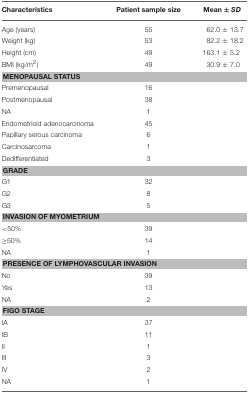
<table><thead><tr><td><b>Characteristics</b></td><td><b>Patient sample size</b></td><td><b>Mean ± <i>SD</i></b></td></tr></thead><tbody><tr><td>Age (years)</td><td>55</td><td>62.0 ± 13.7</td></tr><tr><td>Weight (kg)</td><td>53</td><td>82.2 ± 18.2</td></tr><tr><td>Height (cm)</td><td>49</td><td>163.1 ± 5.2</td></tr><tr><td>BMI (kg/m<sup>2</sup>)</td><td>49</td><td>30.9 ± 7.0</td></tr><tr><td colspan="3"><b>MENOPAUSAL STATUS</b></td></tr><tr><td>Premenopausal</td><td>16</td><td></td></tr><tr><td>Postmenopausal</td><td>38</td><td></td></tr><tr><td>NA</td><td>1</td><td></td></tr><tr><td>Endometrioid adenocarcinoma</td><td>45</td><td></td></tr><tr><td>Papillary serous carcinoma</td><td>6</td><td></td></tr><tr><td>Carcinosarcoma</td><td>1</td><td></td></tr><tr><td>Dedifferentiated</td><td>3</td><td></td></tr><tr><td colspan="3"><b>GRADE</b></td></tr><tr><td>G1</td><td>32</td><td></td></tr><tr><td>G2</td><td>8</td><td></td></tr><tr><td>G3</td><td>5</td><td></td></tr><tr><td colspan="3"><b>INVASION OF MYOMETRIUM</b></td></tr><tr><td>&lt;50%</td><td>39</td><td></td></tr><tr><td>≥50%</td><td>14</td><td></td></tr><tr><td>NA</td><td>1</td><td></td></tr><tr><td colspan="3"><b>PRESENCE OF LYMPHOVASCULAR INVASION</b></td></tr><tr><td>No</td><td>39</td><td></td></tr><tr><td>Yes</td><td>13</td><td></td></tr><tr><td>NA</td><td>2</td><td></td></tr><tr><td colspan="3"><b>FIGO STAGE</b></td></tr><tr><td>IA</td><td>37</td><td></td></tr><tr><td>IB</td><td>11</td><td></td></tr><tr><td>II</td><td>1</td><td></td></tr><tr><td>III</td><td>3</td><td></td></tr><tr><td>IV</td><td>2</td><td></td></tr><tr><td>NA</td><td>1</td><td></td></tr></tbody></table>